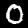
Label: 0